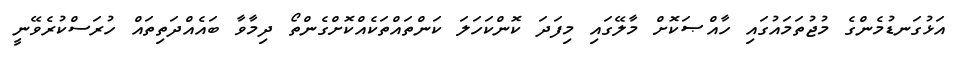
އަޅުގަނޑުމެންގެ މުޖުތަމައުގައި ހާއްޞަކޮށް މާލޭގައި މިފަދަ ކޮންކަހަލަ ކަންތައްތަކެއްކޮށްގެންތޯ ދިމާވާ ބައެއްދަތިތައް ހުރަސްކުރެވޭނީ